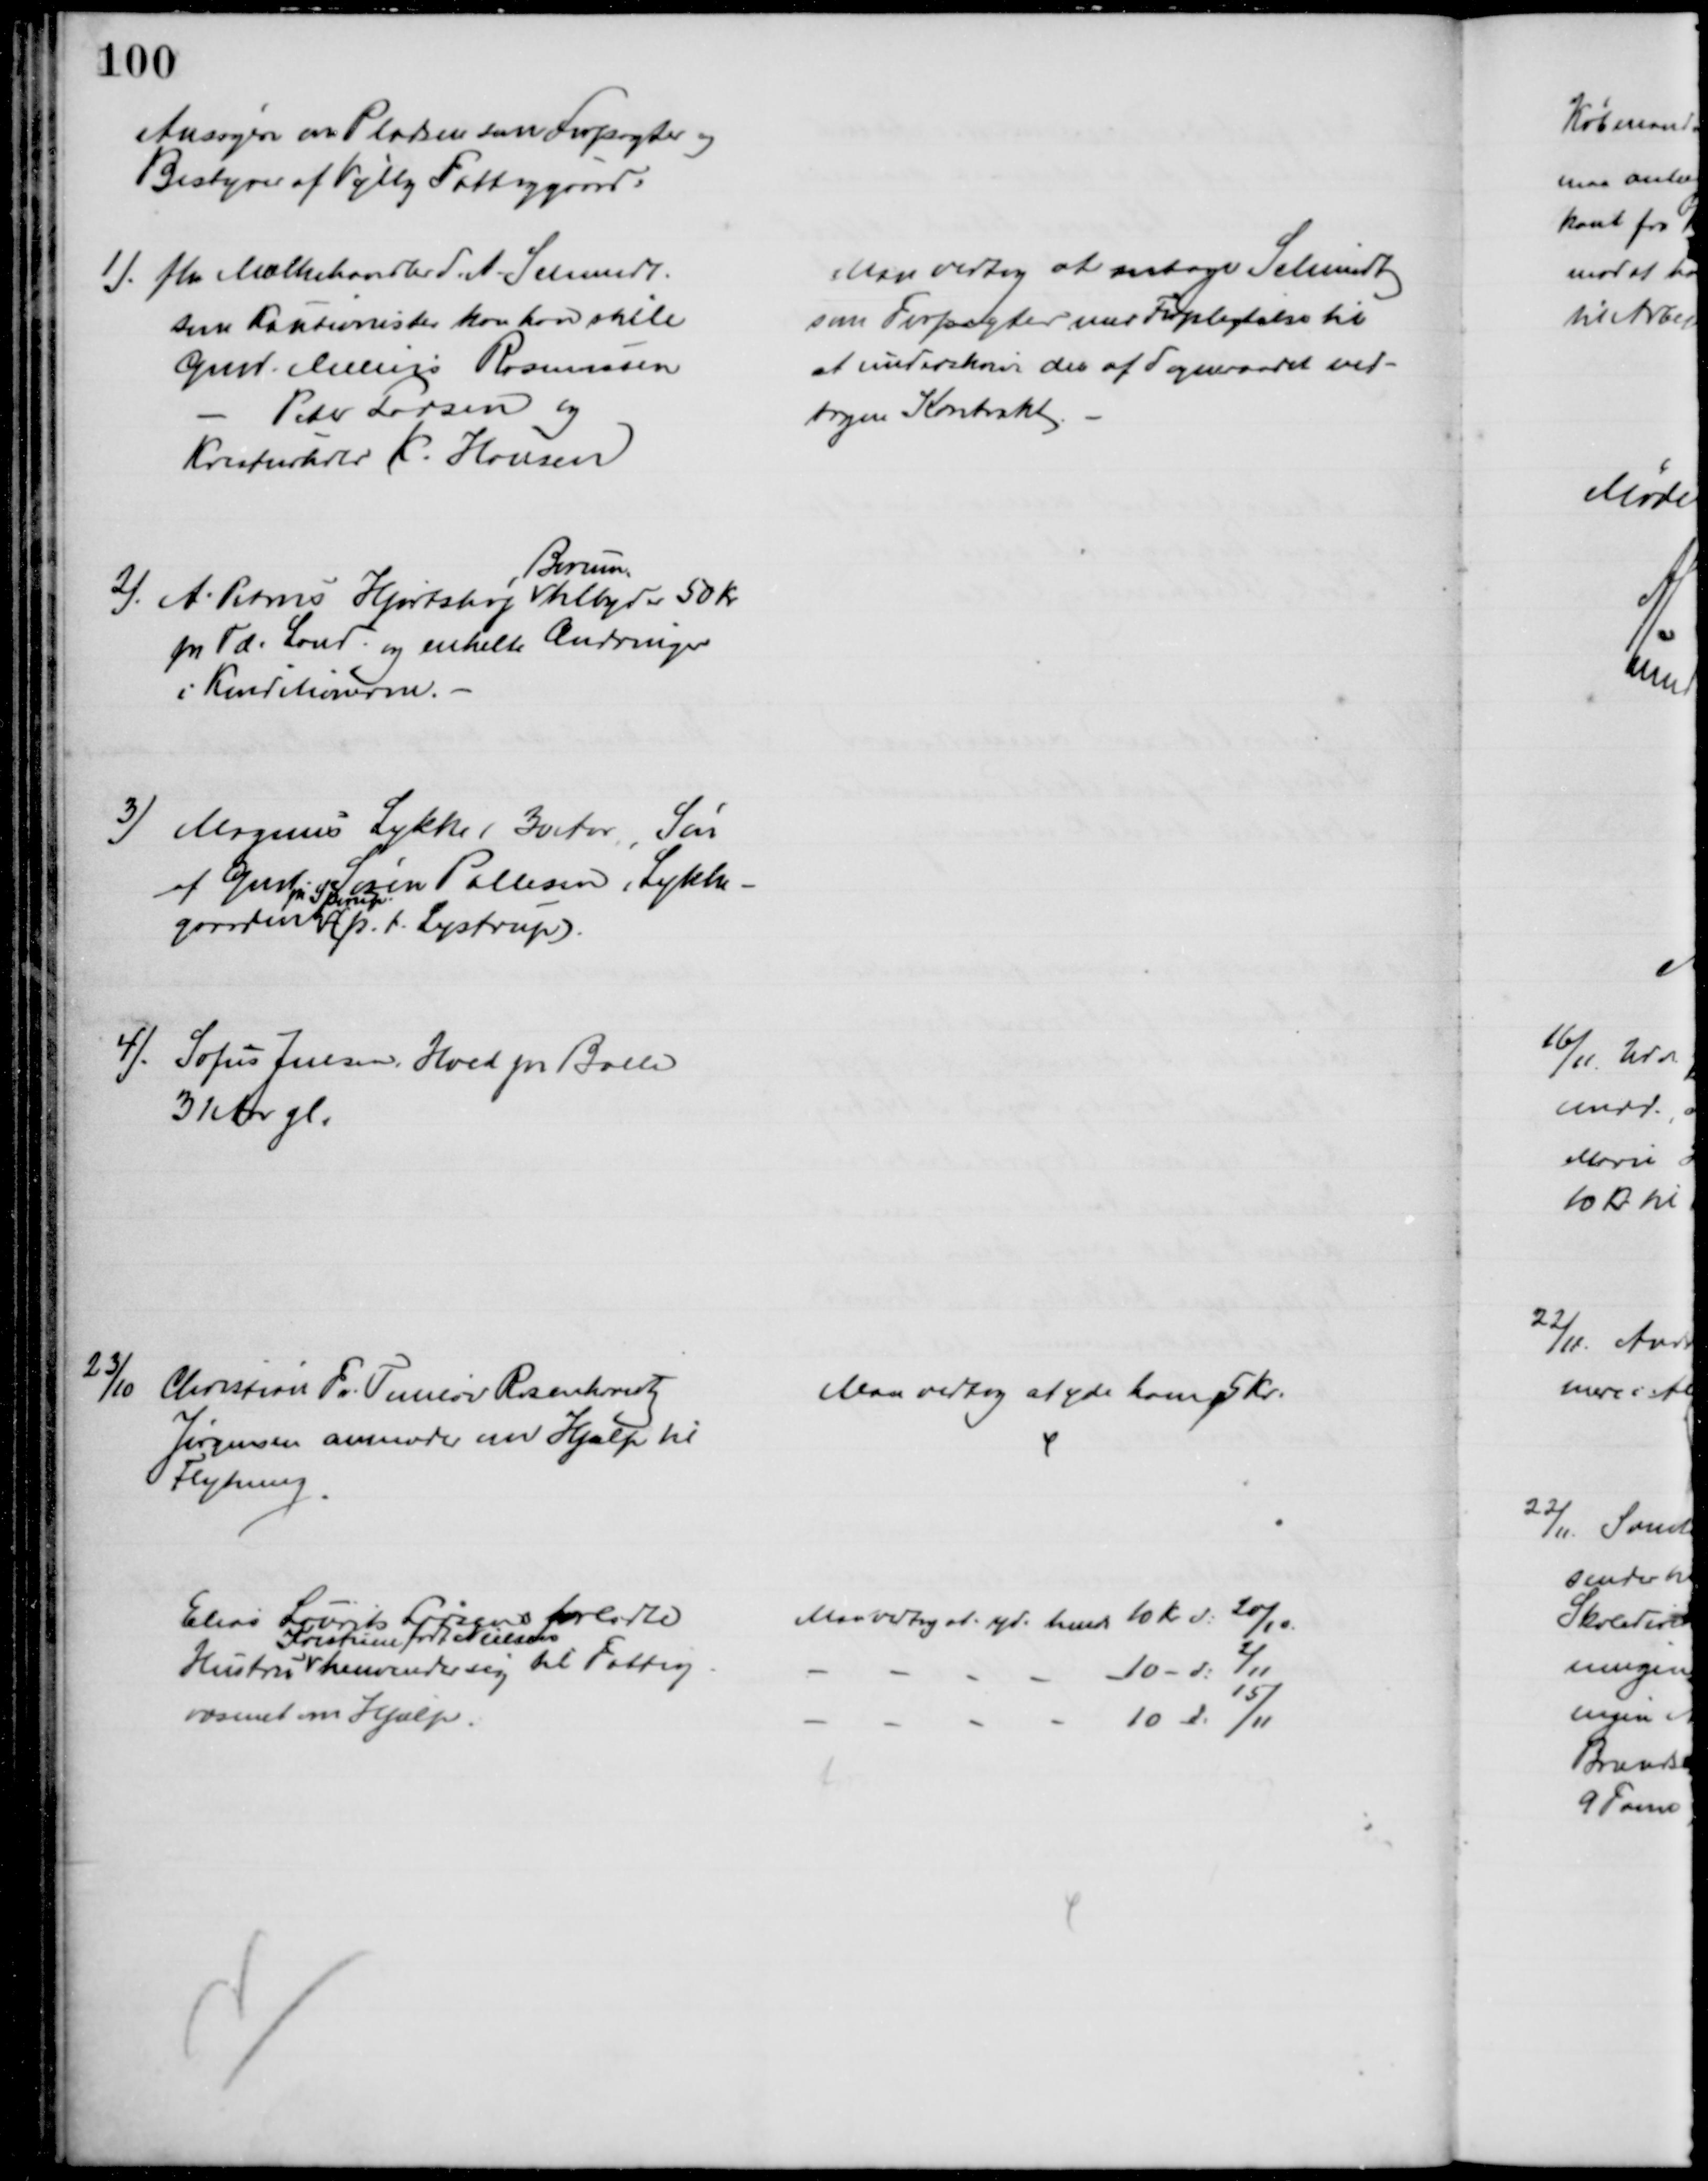
Transskription:
Ansøgere om Pladsen som Forpagter og
Bestyrer af Vejlby Fattiggaard:
1). fhv. Mælkehandler S. A. Schmidt
som Kautionister kan han stille
Gmd. Melius Rasmussen
Peter Larsen og
Kreaturhdlr K. Hansen
2).
A. Petrus Hjortshøj 
Borum
tilbyder 50 Kr.
pr. Td. Land og enkelte Ændringer
i Konditionerne.
3) Magnus Lykke, 30 Aar, Søn
af Gmd Søren Pallesen, Lykke-
gaarden
pr. Sporup
(p.t. Lystrup).
4). Sofus Jensen, Hoed pr. Balle
31 Aar gl.
Man vedtog at antage Schmidt
som Forpagter med Forpligtelse til
at underskrive den af Sogneraadet ved-
tagne Kontrakt
23/10
Christian F. Temløv Rosenkrantz
Jørgensen anmoder om Hjælp til
Flytning
Man vedtog at yde ham 5 Kr.
Elias Laurits Larsens forladte
Hustru 
Kristrine født Nielsen
henvender sig til Fattig-
væsenet om Hjælp.
Man vedtog at yde hende 10 Kr. d: 20/10.
10 - d: 2/11
10 d: 15/11